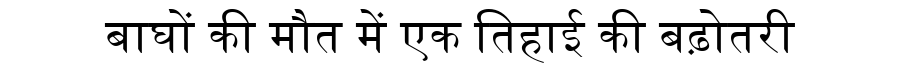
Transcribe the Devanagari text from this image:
बाघों की मौत में एक तिहाई की बढ़ोतरी